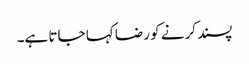
پسند کرنے کو رضا کہا جاتا ہے۔